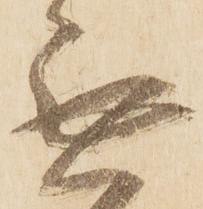
無